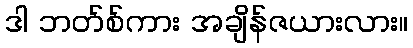
ဒါ ဘတ်စ်ကား အချိန်ဇယားလား။